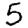
Digit: 5